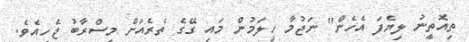
ތިއޮތީނު ލިޔެފަ އެހެން" ނަޖުމާ ހީލަމުން މައި ގޭގެ ތެރެއަށް މިސްރާބު ޖެހިއެވެ.